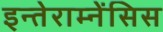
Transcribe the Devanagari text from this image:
इन्तेराम्नेंसिस